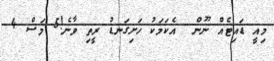
މިއީ ޑައިޓެއް ނޫން  އެކަމަކު ހަށިގަނޑު ރީތި ވާނެ!5 މަސް 4